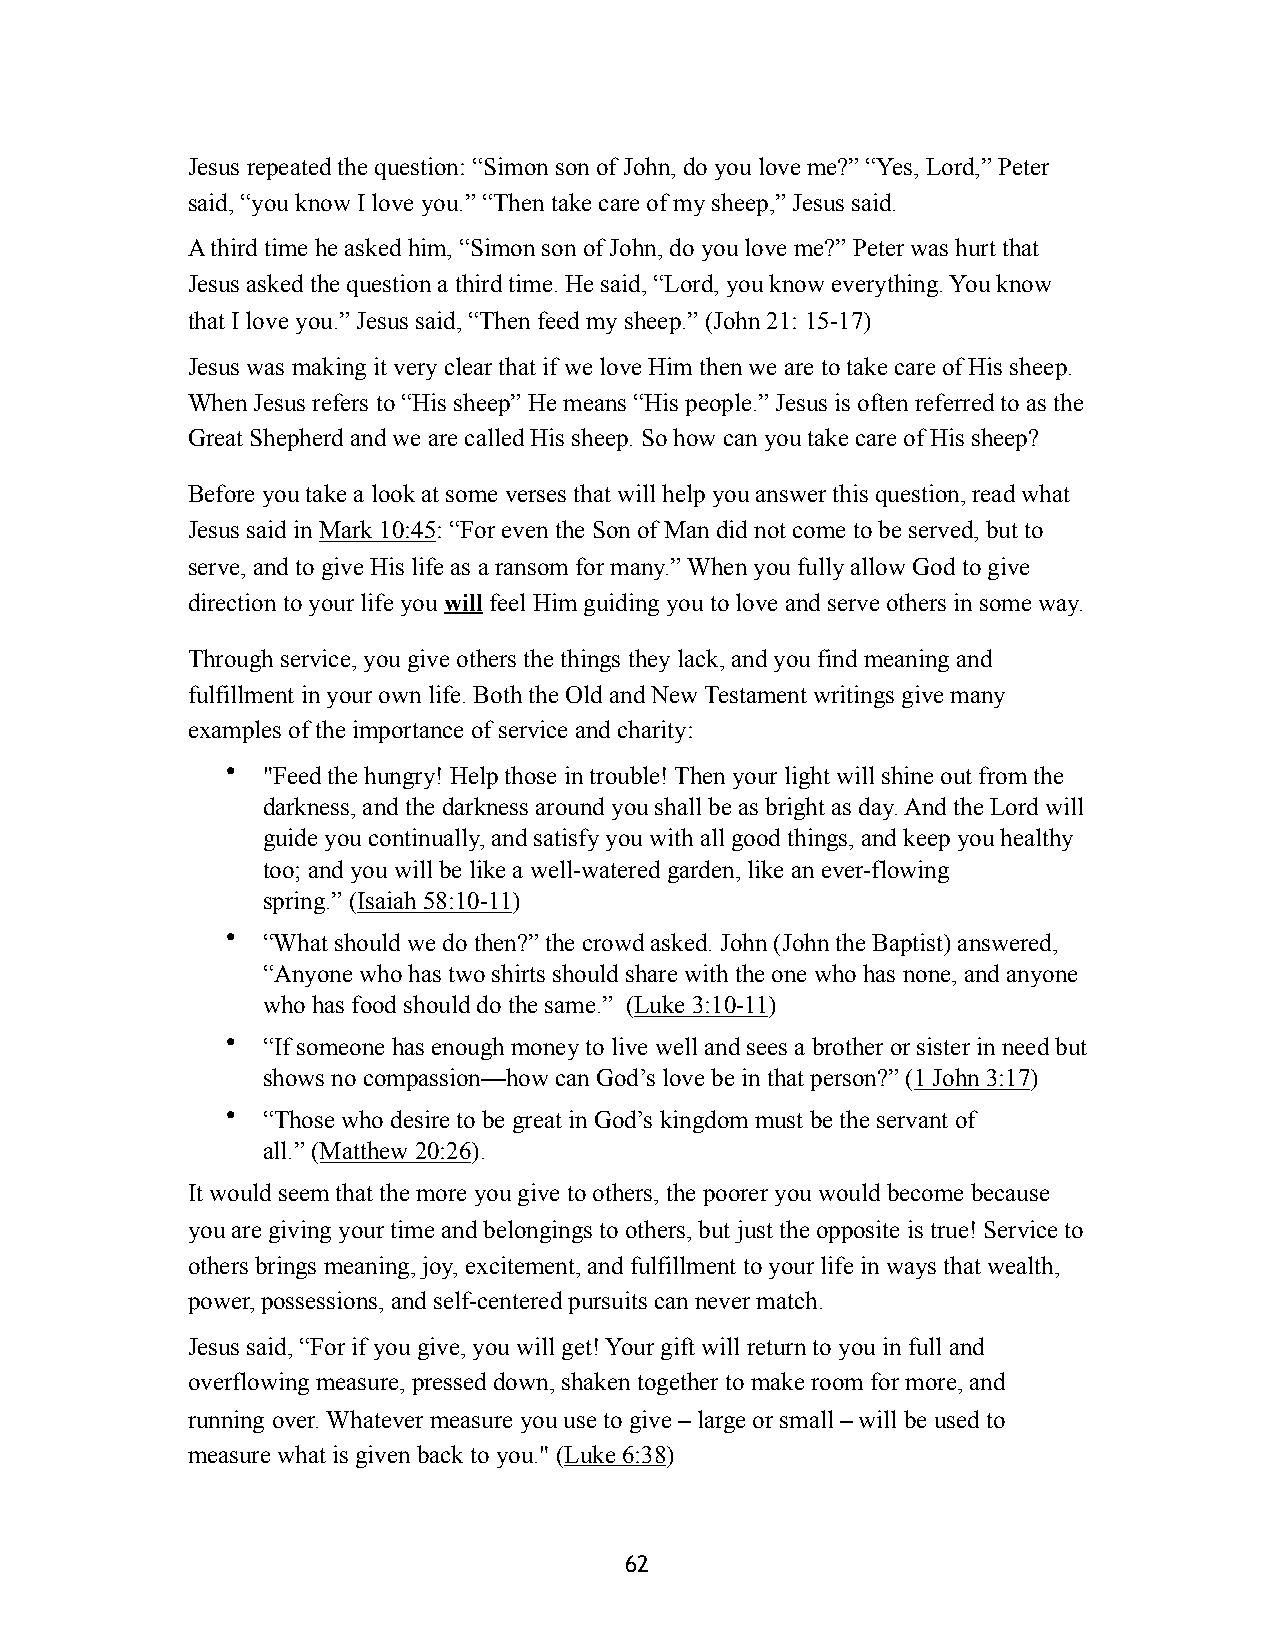
Jesus repeated the question: “Simon son of John, do you love me?” “Yes, Lord,” Peter
 said, “you know I love you.” “Then take care of my sheep,” Jesus said.
 A third time he asked him, “Simon son of John, do you love me?” Peter was hurt that
 Jesus asked the question a third time. He said, “Lord, you know everything. You know
 that I love you.” Jesus said, “Then feed my sheep.” (John 21: 15-17)
 Jesus was making it very clear that if we love Him then we are to take care of His sheep.
 When Jesus refers to “His sheep” He means “His people.” Jesus is often referred to as the
 Great Shepherd and we are called His sheep. So how can you take care of His sheep?
 Before you take a look at some verses that will help you answer this question, read what
 Jesus said in Mark 10:45: “For even the Son of Man did not come to be served, but to
 serve, and to give His life as a ransom for many.” When you fully allow God to give
 direction to your life you will feel Him guiding you to love and serve others in some way.
 Through service, you give others the things they lack, and you find meaning and
 fulfillment in your own life. Both the Old and New Testament writings give many
 examples of the importance of service and charity:
 • "Feed the hungry! Help those in trouble! Then your light will shine out from the
 darkness, and the darkness around you shall be as bright as day. And the Lord will
 guide you continually, and satisfy you with all good things, and keep you healthy
 too; and you will be like a well-watered garden, like an ever-flowing
 spring.” (Isaiah 58:10-11)
 • “What should we do then?” the crowd asked. John (John the Baptist) answered,
 “Anyone who has two shirts should share with the one who has none, and anyone
 who has food should do the same.” (Luke 3:10-11)
 • “If someone has enough money to live well and sees a brother or sister in need but
 shows no compassion—how can God’s love be in that person?” (1 John 3:17)
 • “Those who desire to be great in God’s kingdom must be the servant of
 all.” (Matthew 20:26).
 It would seem that the more you give to others, the poorer you would become because
 you are giving your time and belongings to others, but just the opposite is true! Service to
 others brings meaning, joy, excitement, and fulfillment to your life in ways that wealth,
 power, possessions, and self-centered pursuits can never match.
 Jesus said, “For if you give, you will get! Your gift will return to you in full and
 overflowing measure, pressed down, shaken together to make room for more, and
 running over. Whatever measure you use to give – large or small – will be used to
 measure what is given back to you." (Luke 6:38)
 62